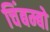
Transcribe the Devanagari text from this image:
चिंबम्बो